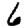
Digit: 6